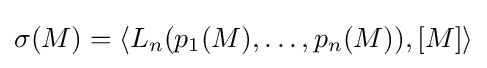
\sigma (M)=\langle L_{n}(p_{1}(M),\dots ,p_{n}(M)),[M]\rangle